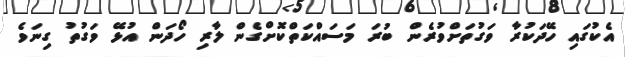
އެކުގައި ހޭދަކުރާ ވަގުތަށްވުރެން ބުރަ މަސައްކަތްކޮށްގެން ލާރި ހޯދަން އުޅޭ ވަގުތު ގިނަވެ